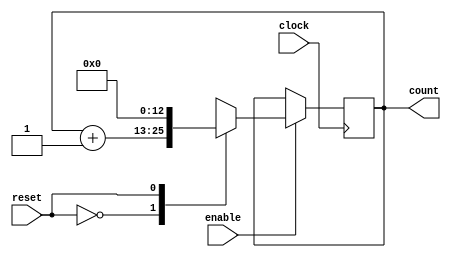

//Design name: count_8
//function : an 8-bit synchronous counter with enable input

module counter_13 (
  clock,
  enable,
  count,
  reset
 );
 
 //declare ports
 
   parameter BIT_SZ = 13;
	input clock;
	input enable, reset;
	output [BIT_SZ-1:0] count;
	
 //count needs to declared as reg
 
   reg [BIT_SZ-1:0] count;
	
 //alaways initialise storage elements such as D-FF
 
  initial count = 0;

  
 //main body of the module
 
  always @ (negedge clock)
  if (enable == 1'b1)
    case (reset)
	 1'b0:  count <= count + 1'b1;
	 1'b1:	count <= 0;
	 endcase
	 
endmodule //end of module